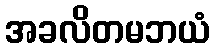
အခလိတမဘယံ